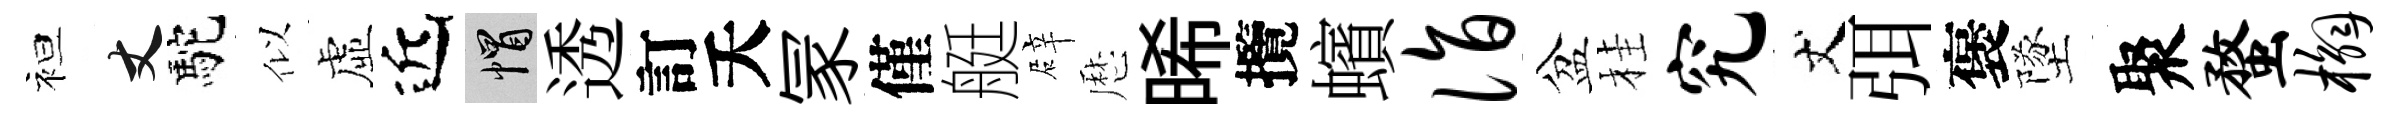
袒丈駝似虛近帽透訂夭冡僅艇辟厯晞攬蠙诣盆桂究丈弭褒墜聚蝥槲